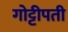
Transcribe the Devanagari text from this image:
गोट्टीपती